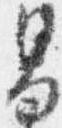
男